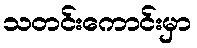
သတင်းကောင်းမှာ